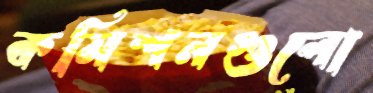
কমিশনগুলো